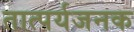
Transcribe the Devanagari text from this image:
तात्पर्यजनक